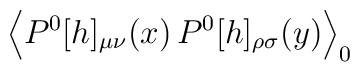
\left< P^0[h]_{\mu \nu}(x) \, P^0[h]_{\rho \sigma}(y) \right>_0